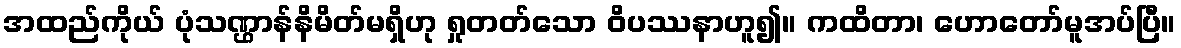
အထည်ကိုယ် ပုံသဏ္ဌာန်နိမိတ်မရှိဟု ရှုတတ်သော ဝိပဿနာဟူ၍။ ကထိတာ၊ ဟောတော်မူအပ်ပြီ။